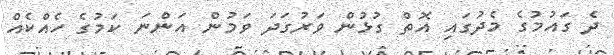
ދެ ގައުމުގެ މެދުގައި އޮތް ގުޅުން ވަރުގަދަ ވަމުން އަންނަ ކަމުގެ ހެއްކެއް